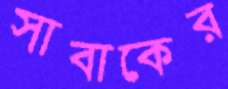
সাবাকের